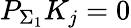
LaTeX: P_{\Sigma_{1}}K_{j}=0